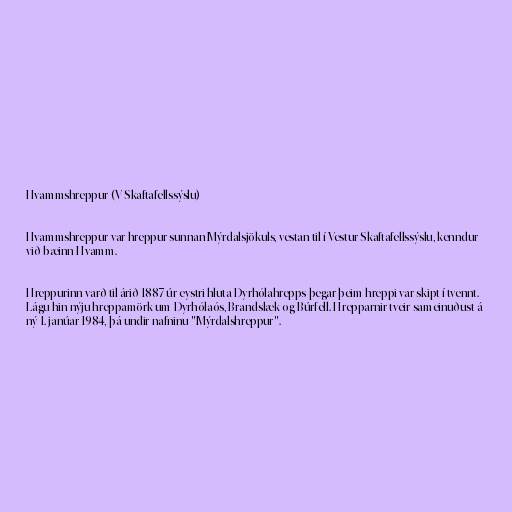
Hvammshreppur (V-Skaftafellssýslu)

Hvammshreppur var hreppur sunnan Mýrdalsjökuls, vestan til í Vestur-Skaftafellssýslu, kenndur
við bæinn Hvamm.

Hreppurinn varð til árið 1887 úr eystri hluta Dyrhólahrepps þegar þeim hreppi var skipt í tvennt.
Lágu hin nýju hreppamörk um Dyrhólaós, Brandslæk og Búrfell. Hrepparnir tveir sameinuðust á
ný 1. janúar 1984, þá undir nafninu "Mýrdalshreppur".